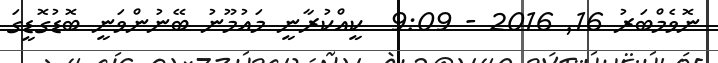
ނޮވެމްބަރު 16